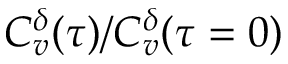
C _ { v } ^ { \delta } ( \tau ) / C _ { v } ^ { \delta } ( \tau = 0 )